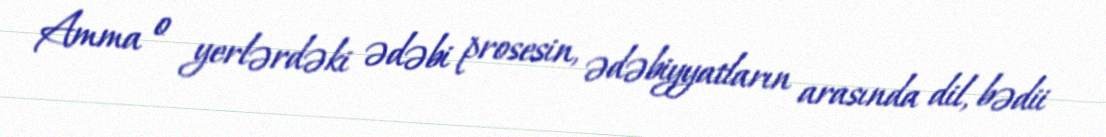
Amma o yerlərdəki ədəbi prosesin, ədəbiyyatların arasında dil, bədii